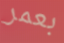
بعمر